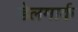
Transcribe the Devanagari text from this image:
डेलमार्क